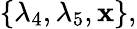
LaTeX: \{ \lambda_{4},\lambda_{5},\mathbf{x}\} ,